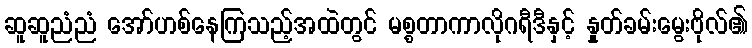
ဆူဆူညံညံ အော်ဟစ်နေကြသည့်အထဲတွင် မစ္စတာကာလိုဂရီဒီနှင့် နှုတ်ခမ်းမွေးဗိုလ်၏